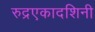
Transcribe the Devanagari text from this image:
रुद्रएकादशिनी